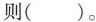
则( )。